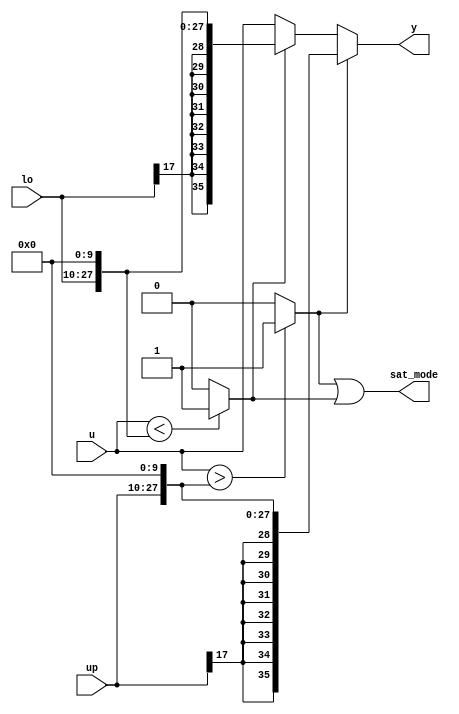
// -------------------------------------------------------------
// 
// 
// Generated by MATLAB 8.2 and HDL Coder 3.3
// 
// -------------------------------------------------------------


// -------------------------------------------------------------
// 
// Module: velocityControlHdl_Dynamic_Saturation
// Source Path: velocityControlHdl/Control_DQ_Currents/Control_Current/PI_Sat/Dynamic Saturation
// Hierarchy Level: 7
// 
// -------------------------------------------------------------

`timescale 1 ns / 1 ns

module velocityControlHdl_Dynamic_Saturation
          (
           up,
           u,
           lo,
           y,
           sat_mode
          );


  input   signed [17:0] up;  // sfix18_En13
  input   signed [35:0] u;  // sfix36_En23
  input   signed [17:0] lo;  // sfix18_En13
  output  signed [35:0] y;  // sfix36_En23
  output  sat_mode;


  wire signed [35:0] LowerRelop1_1_cast;  // sfix36_En23
  wire LowerRelop1_relop1;
  wire signed [35:0] UpperRelop_1_cast;  // sfix36_En23
  wire UpperRelop_relop1;
  wire signed [35:0] lo_dtc;  // sfix36_En23
  wire signed [35:0] Switch_out1;  // sfix36_En23
  wire signed [35:0] up_dtc;  // sfix36_En23
  wire signed [35:0] Switch2_out1;  // sfix36_En23
  wire LowerRelop1_out1;


  // <S16>/LowerRelop1
  assign LowerRelop1_1_cast = {{8{up[17]}}, {up, 10'b0000000000}};
  assign LowerRelop1_relop1 = (u > LowerRelop1_1_cast ? 1'b1 :
              1'b0);



  // <S16>/UpperRelop
  assign UpperRelop_1_cast = {{8{lo[17]}}, {lo, 10'b0000000000}};
  assign UpperRelop_relop1 = (u < UpperRelop_1_cast ? 1'b1 :
              1'b0);



  assign lo_dtc = {{8{lo[17]}}, {lo, 10'b0000000000}};



  // <S16>/Switch
  assign Switch_out1 = (UpperRelop_relop1 == 1'b0 ? u :
              lo_dtc);



  assign up_dtc = {{8{up[17]}}, {up, 10'b0000000000}};



  // <S16>/Switch2
  assign Switch2_out1 = (LowerRelop1_relop1 == 1'b0 ? Switch_out1 :
              up_dtc);



  assign y = Switch2_out1;

  // <S16>/Logical Operator
  assign LowerRelop1_out1 = LowerRelop1_relop1 | UpperRelop_relop1;



  assign sat_mode = LowerRelop1_out1;

endmodule  // velocityControlHdl_Dynamic_Saturation